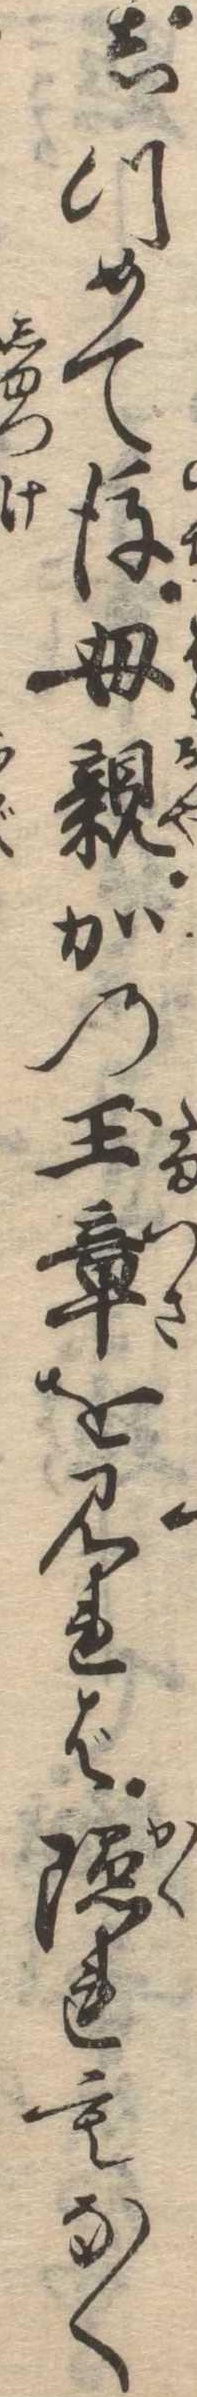
しつめて後母親かの玉章を見れば隠れもなく